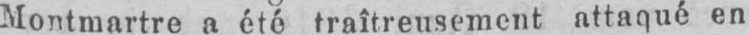
Montmartre a été traîtreusement attaqué en